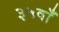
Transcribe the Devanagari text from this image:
३५वाँ